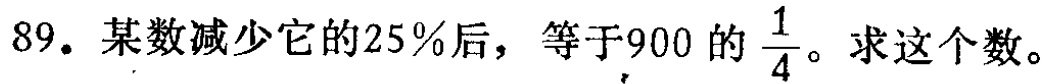
89. 某数减少它的25%后，等于900 的$\frac{1}{4}$。求这个数。